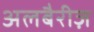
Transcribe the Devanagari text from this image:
अलबैरीज़